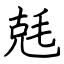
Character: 兞